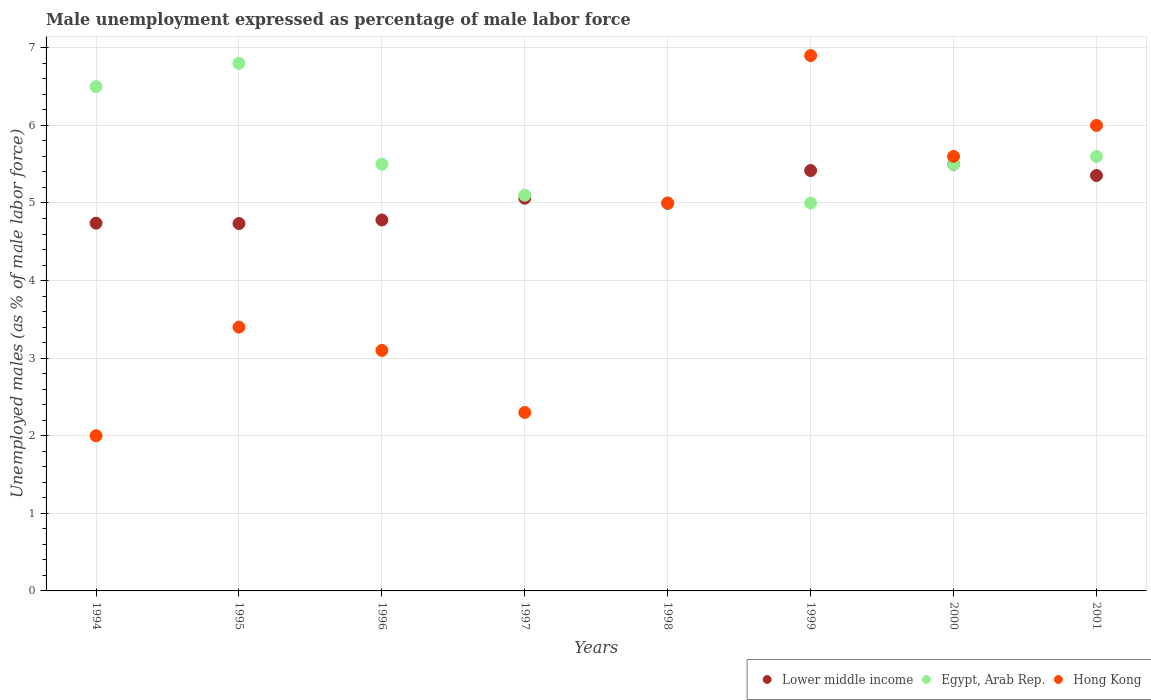
| Years | Lower middle income | Egypt, Arab Rep. | Hong Kong |
 | --- | --- | --- | --- |
 | 1994 | 4.74 | 6.5 | 2 |
 | 1995 | 4.74 | 6.8 | 3.4 |
 | 1996 | 4.78 | 5.5 | 3.1 |
 | 1997 | 5.06 | 5.1 | 2.3 |
 | 1998 | 4.99 | 5 | 5 |
 | 1999 | 5.42 | 5 | 6.9 |
 | 2000 | 5.5 | 5.5 | 5.6 |
 | 2001 | 5.35 | 5.6 | 6 |